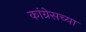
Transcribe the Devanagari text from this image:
कांग्रेसच्या